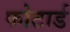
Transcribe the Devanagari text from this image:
फोटार्ड